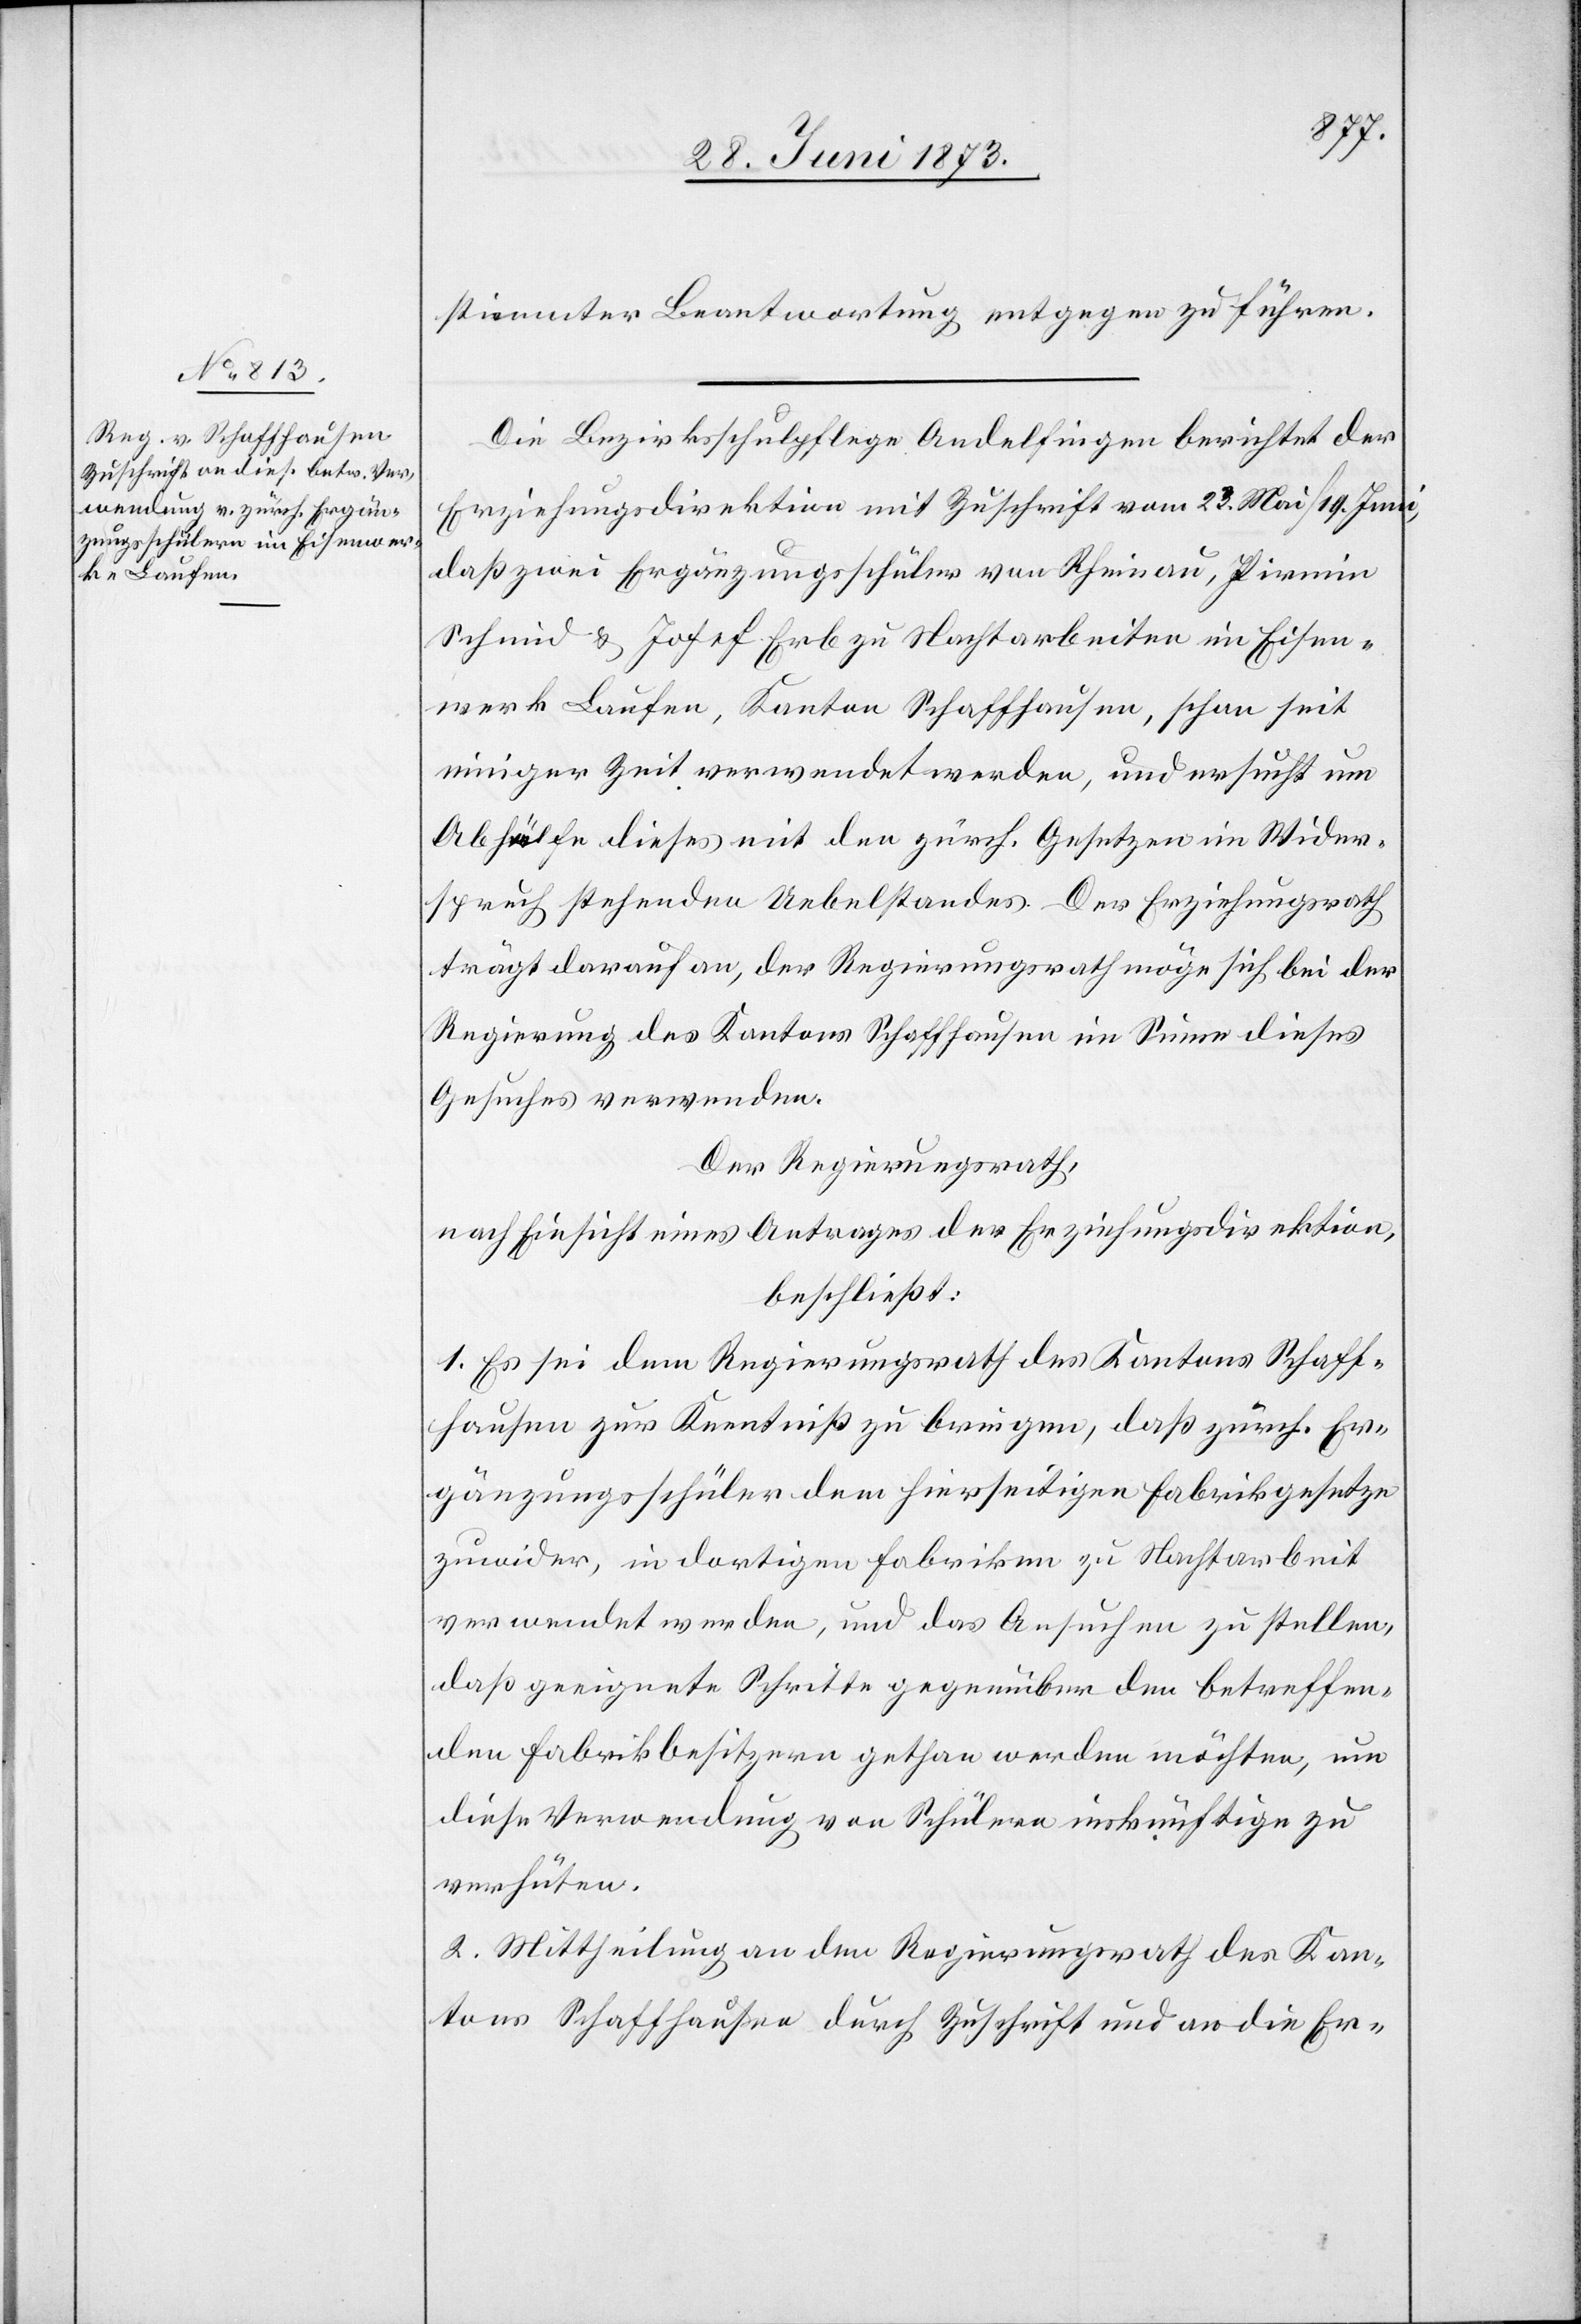
stimmter Beantwortung entgegen zu führen.
Die Bezirksschulpflege Andelfingen berichtet der
Erziehungsdirektion mit Zuschrift vom 23. Mai/19. Juni,
daß zwei Ergänzungsschüler von Rheinau, Pirmin
Schmid & Josef Erb zu Nachtarbeiten im Eisen¬
werk Laufen, Kanton Schaffhausen, schon seit
einiger Zeit verwendet werden, und ersucht um
Abhülfe dieses mit den zürch. Gesetzen im Wider¬
spruch stehenden Uebelstandes. Der Erziehungsrath
trägt darauf an, der Regierungsrath möge sich bei der
Regierung des Kantons Schaffhausen im Sinne dieses
Gesuches verwenden.
Der Regierungsrath,
nach Einsicht eines Antrages der Erziehungsdirektion,
beschließt:
1. Es sei dem Regierungsrath des Kantons Schaff¬
hausen zur Kenntniß zu bringen, daß zürch. Er¬
gänzungsschüler dem hierseitigen Fabrikgesetze
zuwider, in dortigen Fabriken zu Nachtarbeit
verwendet werden, und das Ansuchen zu stellen,
daß geeignete Schritte gegenüber den betreffen¬
den Fabrikbesitzern gethan werden möchten, um
diese Verwendung von Schülern inskünftige zu
verhüten.
2. Mittheilung an den Regierungsrath des Kan¬
tons Schaffhausen durch Zuschrift und an die Er-